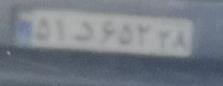
۵۱د۶۵۲۳۸